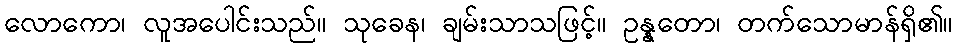
လောကော၊ လူအပေါင်းသည်။ သုခေန၊ ချမ်းသာသဖြင့်။ ဥန္နတော၊ တက်သောမာန်ရှိ၏။